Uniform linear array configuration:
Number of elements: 8
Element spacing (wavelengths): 1
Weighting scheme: hann
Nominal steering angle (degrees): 45
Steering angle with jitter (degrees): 45.344
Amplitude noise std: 0.05
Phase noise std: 0.05

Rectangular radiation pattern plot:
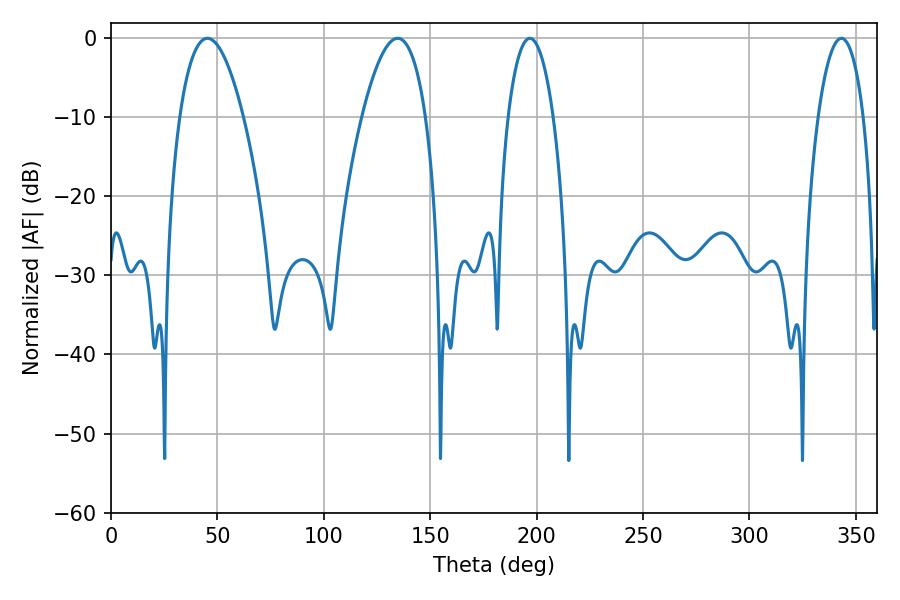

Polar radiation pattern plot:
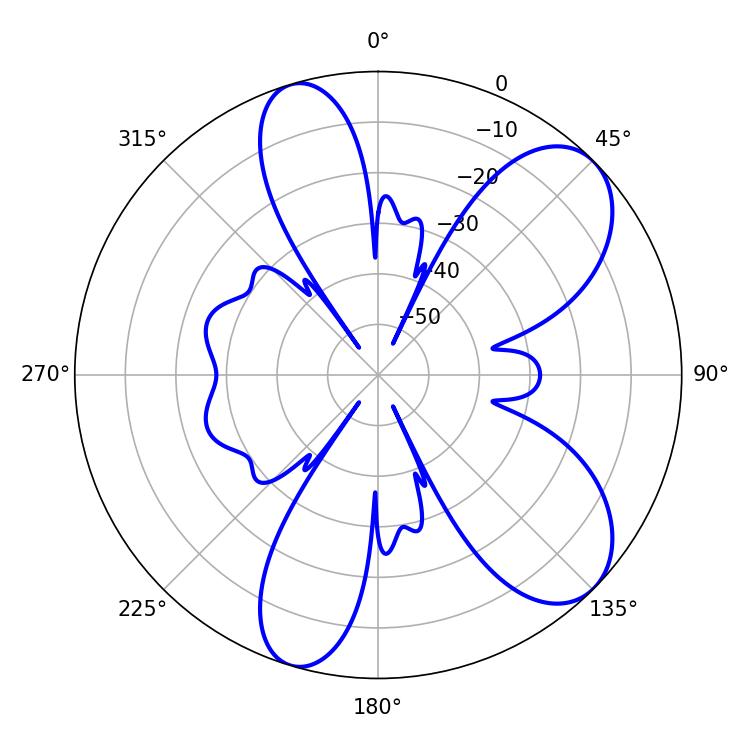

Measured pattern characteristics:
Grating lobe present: TRUE
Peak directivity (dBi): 8.063
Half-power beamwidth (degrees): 16.56
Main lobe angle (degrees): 45.36